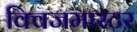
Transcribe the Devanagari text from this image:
क्विजमास्टर